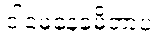
ငါမေ့နေခဲ့မိတာပဲ။